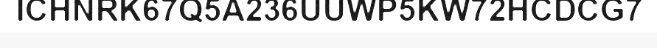
ICHNRK67Q5A236UUWP5KW72HCDCG7